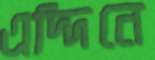
এদ্দিনে